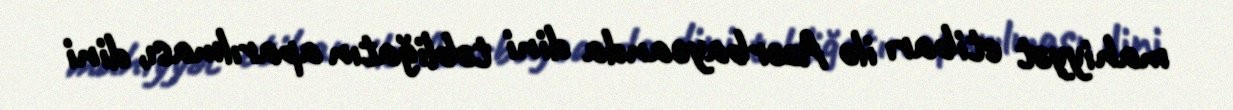
mahiyyət etibarı ilə Azərbaycanda dini təbliğatın aparılması, dini